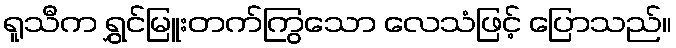
ရူသီက ရွှင်မြူးတက်ကြွသော လေသံဖြင့် ပြောသည်။